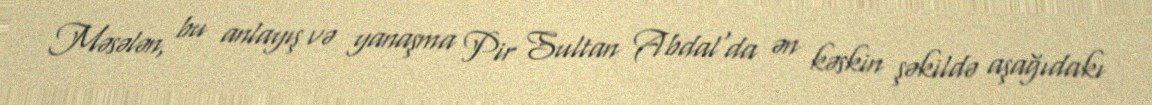
Məsələn, bu anlayış və yanaşma Pir Sultan Abdal'da ən kəskin şəkildə aşağıdakı